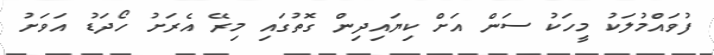
ފުވައްމުލަކު މީހަކު ސަން އަށް ކިޔައިދިން ގޮތުގައި މިރޭ އެރަށު ހޯދަޑު އަވަށު